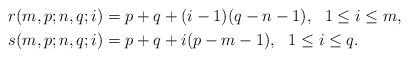
LaTeX: \begin{align*}r(m, p;n, q;i)&=p+q+(i-1)(q-n-1), \ \ 1\leq i\leq m,\\ s(m, p;n, q;i)&=p+q+i(p-m-1), \ \ 1\leq i\leq q. \end{align*}